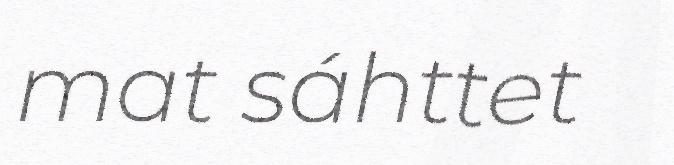
mat sáhttet